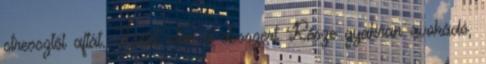
stressztől aftát. Főétel után a desszert Része gyakran avokádó,